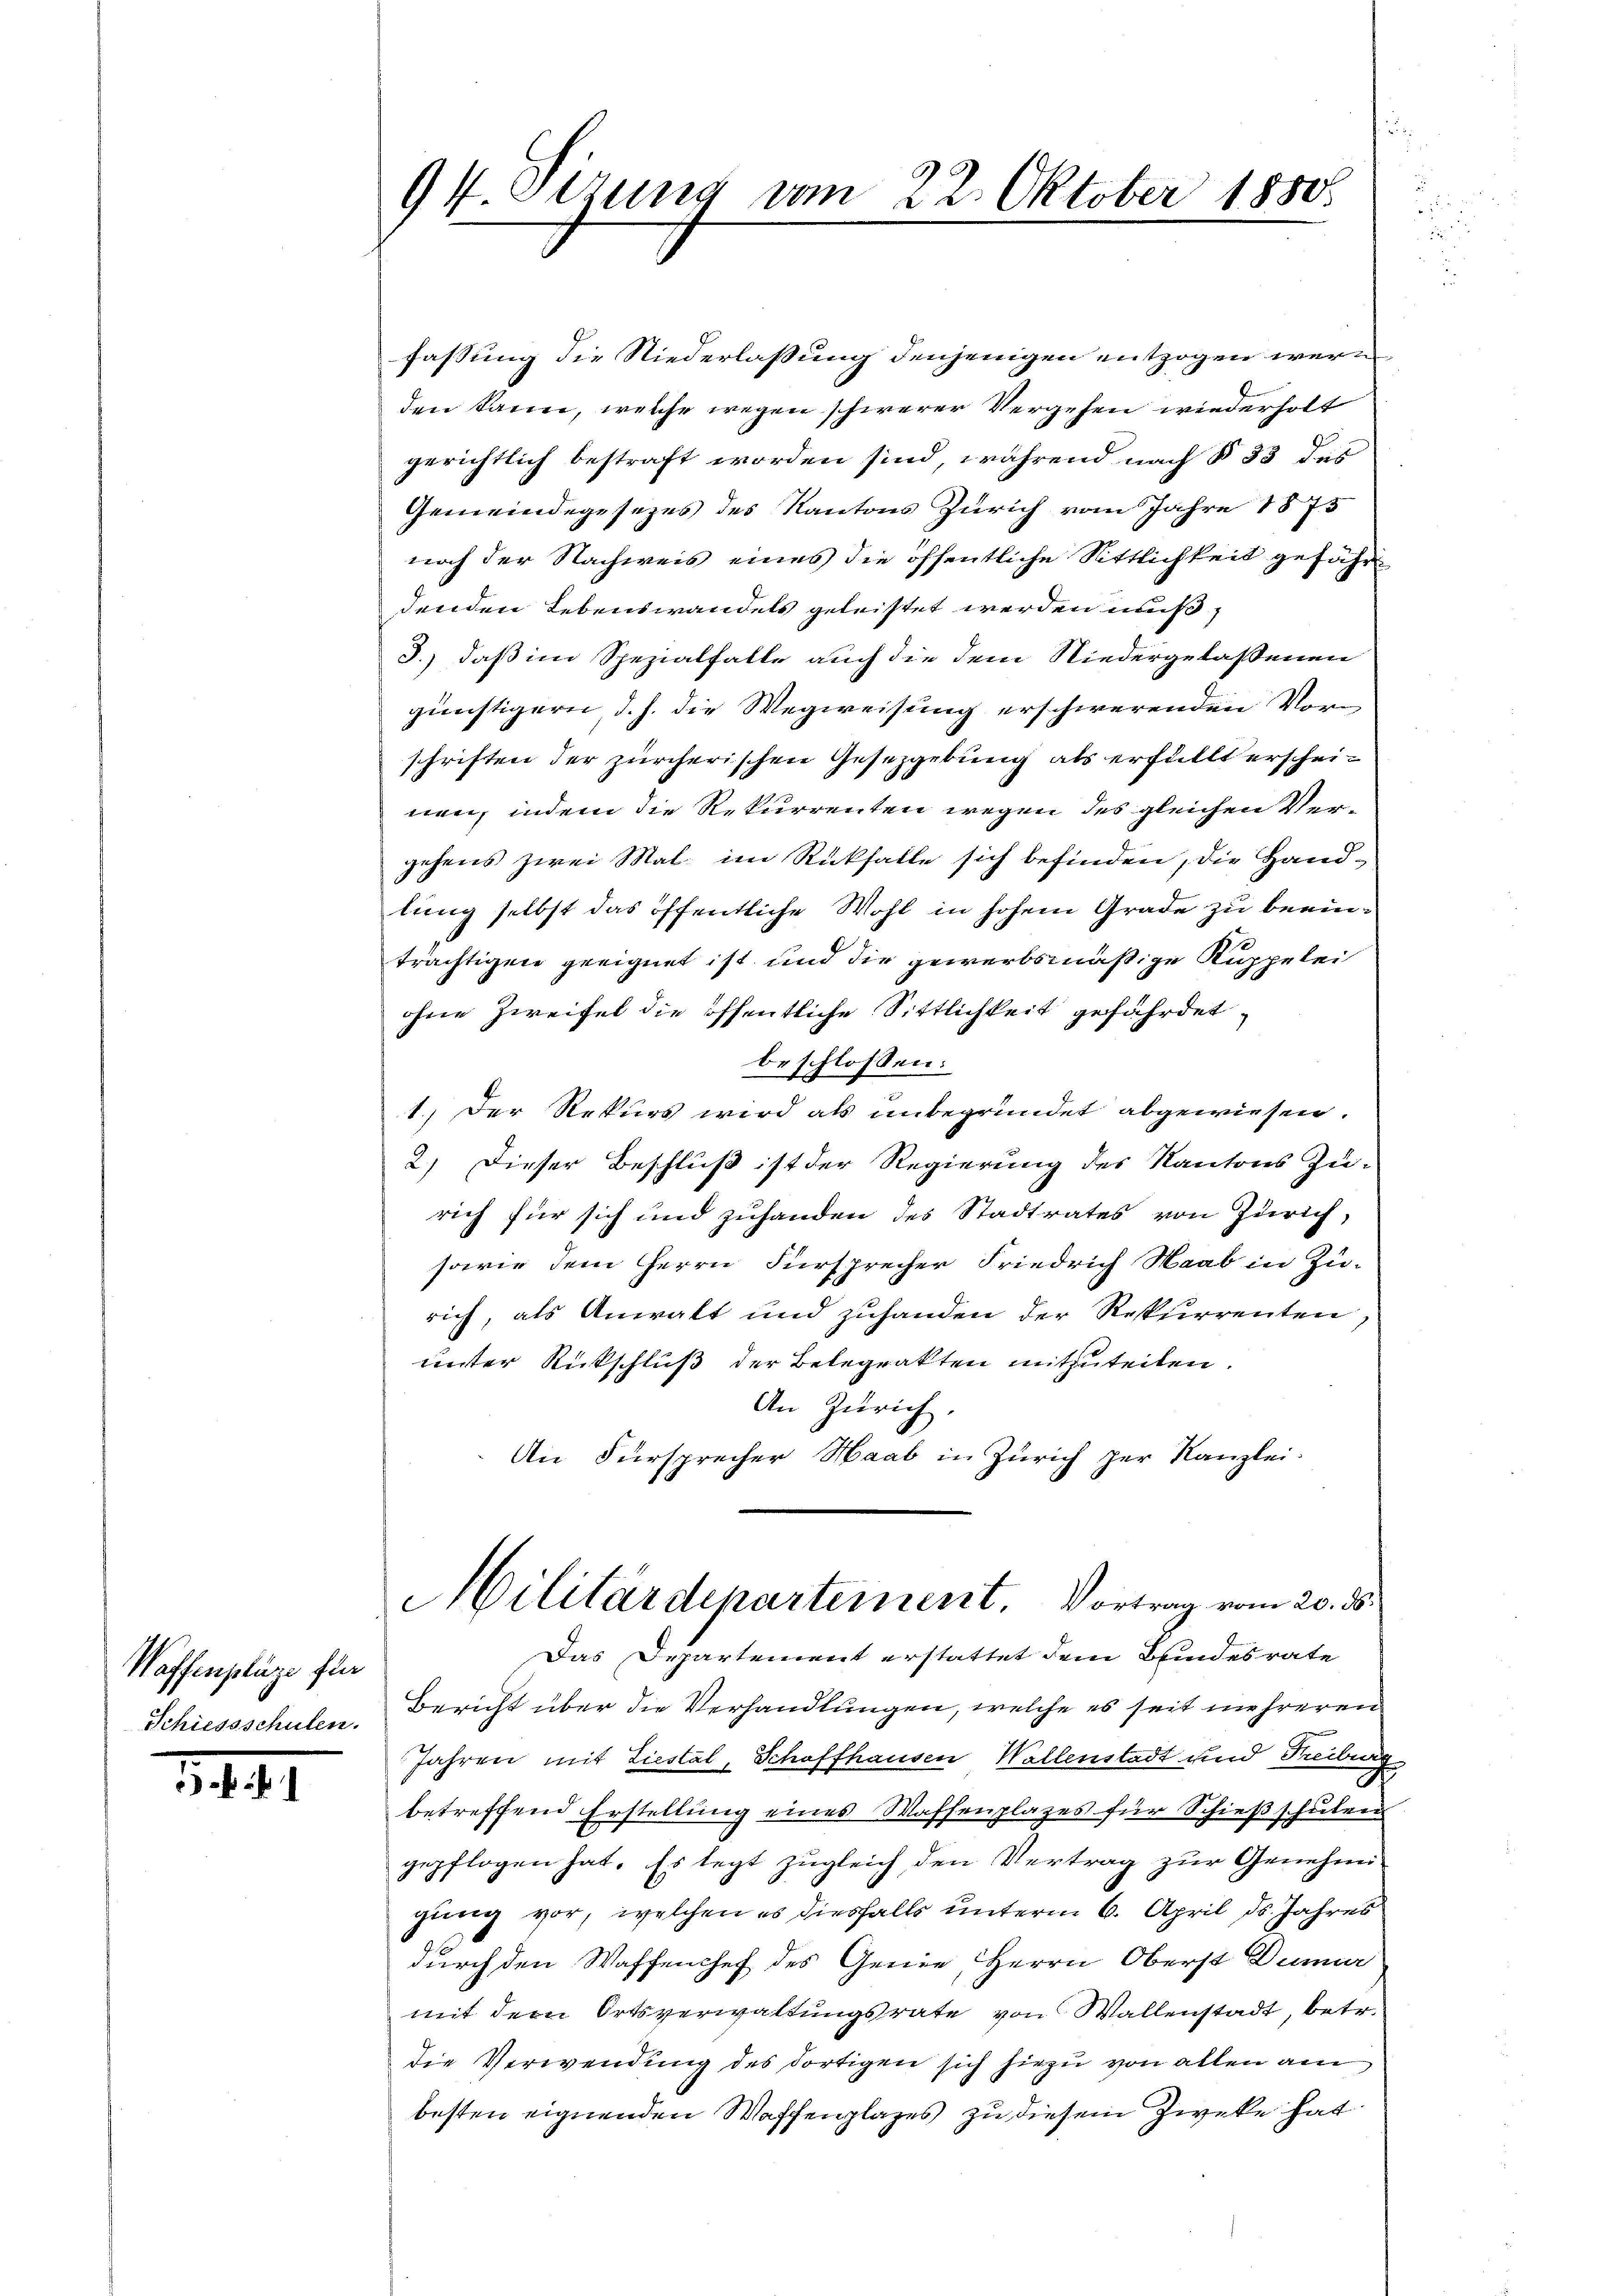
Waffenplaze für

1441

94. Sizung vom 22. Oktober 1850

fassung die Niederlassung denjenigen entzogen weren
den kann, welche wegen schwerer Vergehen wiederholt
gerichtlich bestraft worden sind, während nach § 33 des
Gemeindegesetzes des Kantons Zürich vom Jahre 1875
noch der Nachweis eines die öffentliche Sittlichkeit gefähr
denden Lebenswandels geleistet werden muß,
3.) daß im Spezialfalle auch die dem Niedergelassenen
günstigern d. h. die Wegweisung erschwerenden Vorn
schriften der zürcherischen Gesetzgebung als erfüllt erscheinen, indem die Rekurrenten wegen des gleichen Vergehens zwei Mal. im Rückfalle sich befinden, die Handlung selbst das öffentliche Wohl in hohem Grade zu beeinträchtigen geeignet ist und die gewerbsmäßige Kuppelei
ohne Zweifel die öffentliche Sittlichkeit gefährdet
beschlossen:
1.) Der Rekurs wird als unbegründet abgewiesen.
2.) Dieser Beschluß ist der Regierung des Kantons Zu-
rich für sich und zuhanden des Stadtrates von Zürich,
sowie dem Herrn Fürsprecher Friedrich Haab in Zurich, als Anwalt und zuhanden der Rekurrenten,
unter Rückschluß der Belegrakten mitzuteilen.
An Zürich.
An Fürsprecher Haab in Zürich zur Kanzlei.
Militärdepartement. Vortrag vom 20. ds.
Das Departement erstattet dem Bundesrate
Schiessschulen. Bericht über die Verhandlungen, welche es seit mehreren
Jahren mit Liestal, Schaffhausen Wallenstadt und Treiburg
betreffend Erstellung eines Waffenplazes für Schießschulen
gepflogen hat. Es legt zugleich den Vertrag zur Genehmi
gung vor, welchen es diesfalls unterm 6. April ds. Jahres
durch den Waffenchef des Genie, Herrn Oberst Dumar
mit dem Ortsverwaltungsrate von Wallenstadt, betr.
die Verwendung des dortigen sich hiezu von allen am
besten eignenden Waffenplazes zu diesem Zwecke hat